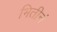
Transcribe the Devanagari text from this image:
भितीनं